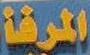
المرقة